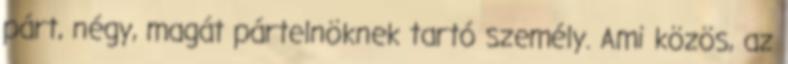
párt, négy, magát pártelnöknek tartó személy. Ami közös, az